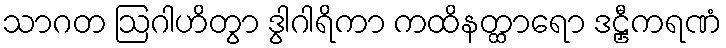
သာဂတ ဩဂါဟိတွာ ဒွါဂါရိကာ ကထိနတ္ထာရော ဒဠှီကရဏံ